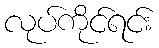
လုပ်ကိုင်ရင်း